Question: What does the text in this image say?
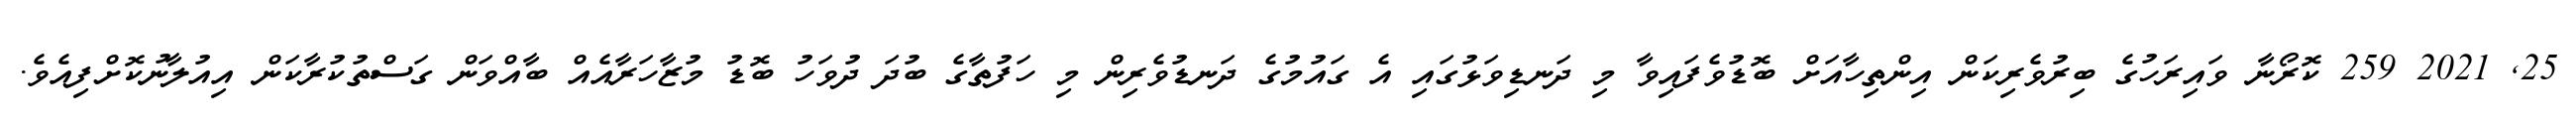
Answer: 25, 2021 259 ކޮރޯނާ ވައިރަހުގެ ބިރުވެރިކަން އިންތިހާއަށް ބޮޑުވެފައިވާ މި ދަނޑިވަޅުގައި އެ ގައުމުގެ ދަނޑުވެރިން މި ހަފުތާގެ ބުދަ ދުވަހު ބޮޑު މުޒާހަރާއެއް ބާއްވަން ގަސްތުކުރާކަން އިއުލާނުކޮށްފިއެވެ.